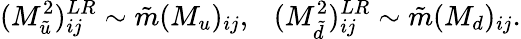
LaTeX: (M_{\tilde{u}}^{2})_{ij}^{LR}\sim\tilde{m}(M_{u})_{ij},\ \ \ (M_{\tilde{d}}^{2})_{ij}^{LR}\sim\tilde{m}(M_{d})_{ij}.